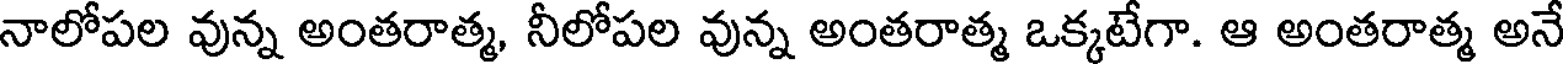
నాలోపల వున్న అంతరాత్మ, నీలోపల వున్న అంతరాత్మ ఒక్కటేగా. ఆ అంతరాత్మ అనే